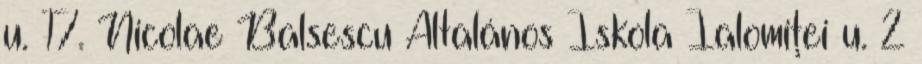
u. 17. Nicolae Balsescu Általános Iskola Ialomiţei u. 2